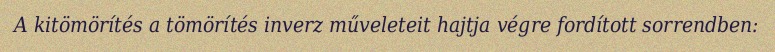
A kitömörítés a tömörítés inverz műveleteit hajtja végre fordított sorrendben: